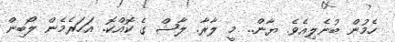
ހެމުން ބުނެލިއެވެ. ޔާން.. މީ ލާރާ. ލާޝް ގެ ކޮއްކޮ. އަހަރެމެން ލޯބިން